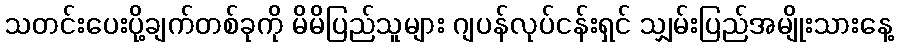
သတင်းပေးပို့ချက်တစ်ခုကို မိမိပြည်သူများ ဂျပန်လုပ်ငန်းရှင် သျှမ်းပြည်အမျိုးသားနေ့